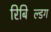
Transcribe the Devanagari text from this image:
रिबिल्डिंग